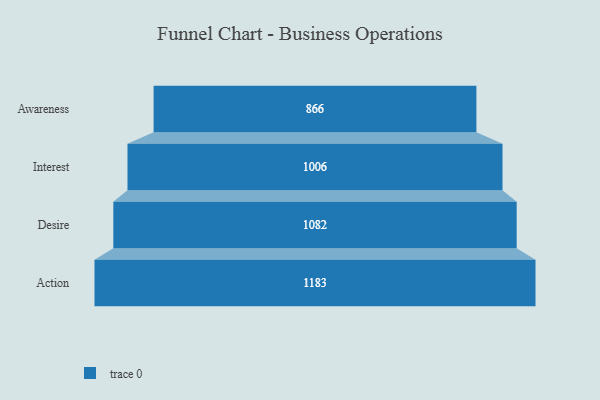
{"axis": {"x": "Stage", "y": "Value"}, "legend": [""], "data": [{"x": "Awareness", "y": 866.0, "type": ""}, {"x": "Interest", "y": 1006.0, "type": ""}, {"x": "Desire", "y": 1082.0, "type": ""}, {"x": "Action", "y": 1183.0, "type": ""}]}